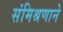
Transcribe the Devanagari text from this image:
संमिश्रणाने